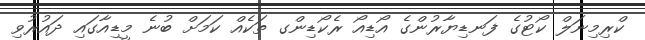
ކްރިމިނަލް ކޯޓުގެ ފަނޑިޔާރުންގެ އޯޑިއޯ ރެކޯޑިންގ ތަކެއް ކަމަށް ބުނެ މީޑިއާގައި ދައުރުވި